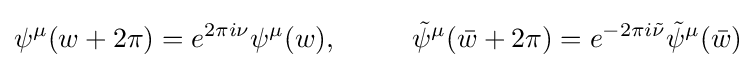
\psi ^{\mu }(w+2\pi )=e^{2\pi i\nu }\psi ^{\mu }(w),\ \ \ \ \ \ \ \ {\tilde {\psi }}^{\mu }({\bar {w}}+2\pi )=e^{-2\pi i{\tilde {\nu }}}{\tilde {\psi }}^{\mu }({\bar {w}})